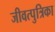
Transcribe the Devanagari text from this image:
जीवत्पुत्रिका